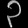
Digit: ၃